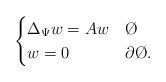
LaTeX: \begin{align*}\begin{cases} \Delta_{\Psi} w = A w & \O \\ w = 0 & \partial \O.\end{cases}\end{align*}